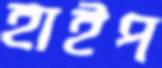
হাইপ